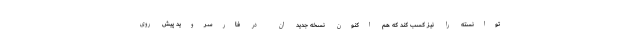
توانسته را نیز کسب کند که هم اکنون نسخه جدید ان در فارسروید پیش روی